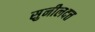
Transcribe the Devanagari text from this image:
सुनीलदत्त